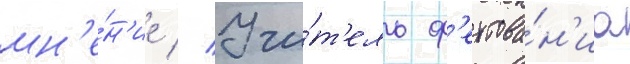
мн'е́н'ие // Учи́т'ель ф'ехтова́н'иа